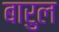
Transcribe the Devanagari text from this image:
बारुल